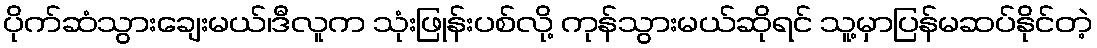
ပိုက်ဆံသွားချေးမယ်၊ဒီလူက သုံးဖြုန်းပစ်လို့ ကုန်သွားမယ်ဆိုရင် သူ့မှာပြန်မဆပ်နိုင်တဲ့